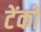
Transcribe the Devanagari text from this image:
टेंको